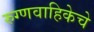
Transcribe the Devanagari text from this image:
रुग्णवाहिकेचे